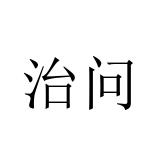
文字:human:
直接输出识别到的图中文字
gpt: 治问